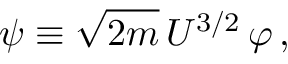
\psi \equiv \sqrt { 2 m } \, U ^ { 3 / 2 } \, \varphi \, ,